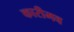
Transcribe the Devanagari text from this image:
कारीमव